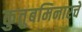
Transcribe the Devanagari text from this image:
कुतुबमिनारचे